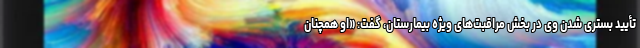
تأیید بستری شدن وی در بخش مراقبت‌های ویژه بیمارستان، گفت: «او همچنان